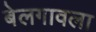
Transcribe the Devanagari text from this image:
बेलगावला